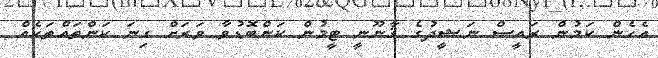
އެހެން ކަމުން ރައީސް ނަޝީދުގެ ޤާނޫނީ ޓީމުން ކަންބޮޑުވާ ވަރަށް ގިނަ ކަންތައްތަކެއް